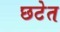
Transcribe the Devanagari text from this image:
छटेत